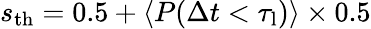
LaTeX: s_{\mathrm{th}}=0.5+\langle P(\Delta t<\tau_{\mathrm{l}})\rangle\times 0.5